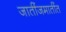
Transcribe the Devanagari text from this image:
जातींजमातींत